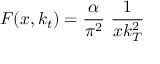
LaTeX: F ( x , k _ { t } ) = { \frac { \alpha } { \pi ^ { 2 } } } ~ { \frac { 1 } { x k _ { T } ^ { 2 } } }